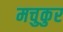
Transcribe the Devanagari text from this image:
मचुकुर